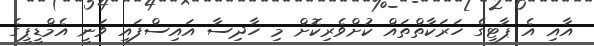
އާއި އެ ޕާޓީގެ ހަރަކާތްތައް ކުށްވެރިކޮށް މި ހާދިސާ އައިސްފައި ވަނީ އެމްޑީޕީގެ